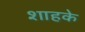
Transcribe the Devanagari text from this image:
शाहके